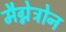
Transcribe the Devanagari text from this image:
मैग्नेट्रोन